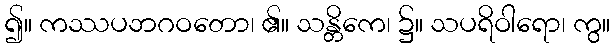
၍။ ကဿပဘဂဝတော၊ ၏။ သန္တိကေ၊ ၌။ သပရိဝါရော၊ ကွ။